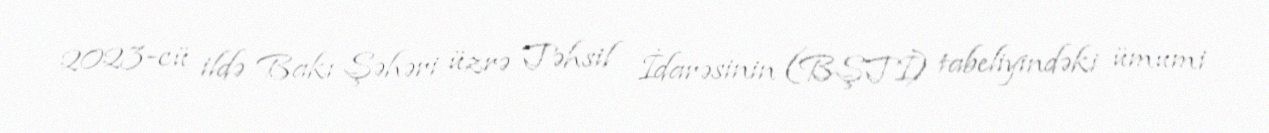
2023-cü ildə Bakı Şəhəri üzrə Təhsil İdarəsinin (BŞTİ) tabeliyindəki ümumi